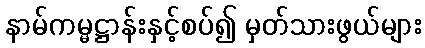
နာမ်ကမ္မဋ္ဌာန်းနှင့်စပ်၍ မှတ်သားဖွယ်များ